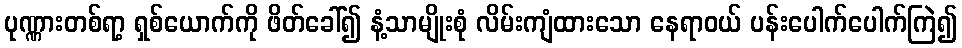
ပုဏ္ဏားတစ်ရာ့ ရှစ်ယောက်ကို ဖိတ်ခေါ်၍ နံ့သာမျိုးစုံ လိမ်းကျံထားသော နေရာဝယ် ပန်းပေါက်ပေါက်ကြဲ၍